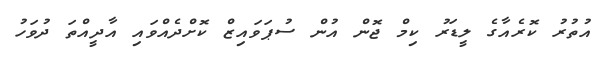
އުތުރު ކޮރެއާގެ ލީޑަރު ކިމް ޖޮން އުން ސުޕަވައިޒް ކޮށްދެއްވައި އާދީއްތަ ދުވަހު